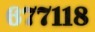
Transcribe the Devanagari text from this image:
६७७११८